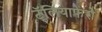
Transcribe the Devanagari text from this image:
टॅलियाफेरो